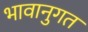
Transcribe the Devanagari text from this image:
भावानुगत